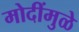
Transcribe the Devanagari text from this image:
मोदींमुळे